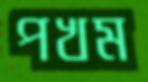
পখম